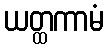
ယတ္ထကာမံ